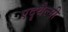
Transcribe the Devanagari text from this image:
एदृथैल्मी